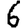
Digit: 6